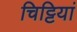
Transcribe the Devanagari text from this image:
चिट्टियां